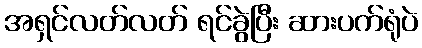
အရှင်လတ်လတ် ရင်ခွဲပြီး ဆားပက်ရုံပဲ